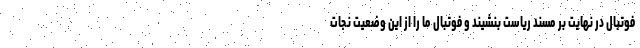
فوتبال در نهایت بر مسند ریاست بنشیند و فوتبال ما را از این وضعیت نجات